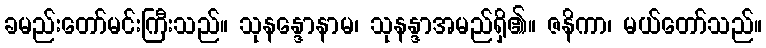
ခမည်းတော်မင်းကြီးသည်။ သုနန္ဒောနာမ၊ သုနန္ဒာအမည်ရှိ၏။ ဇနိကာ၊ မယ်တော်သည်။